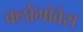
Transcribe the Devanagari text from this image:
क्लोंगोवेस